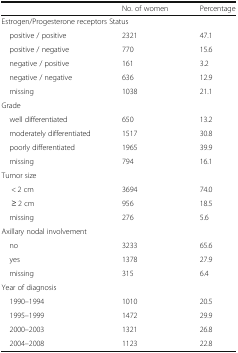
|  | No. of women | Percentage |
 | --- | --- | --- |
 | <COLSPAN=3> Estrogen/Progesterone receptors Status |
 | positive / positive | 2321 | 47.1 |
 | positive / negative | 770 | 15.6 |
 | negative / positive | 161 | 3.2 |
 | negative / negative | 636 | 12.9 |
 | missing | 1038 | 21.1 |
 | <COLSPAN=3> Grade |
 | well differentiated | 650 | 13.2 |
 | moderately differentiated | 1517 | 30.8 |
 | poorly differentiated | 1965 | 39.9 |
 | missing | 794 | 16.1 |
 | <COLSPAN=3> Tumor size |
 | < 2 cm | 3694 | 74.0 |
 | ≥ 2 cm | 956 | 18.5 |
 | missing | 276 | 5.6 |
 | <COLSPAN=3> Axillary nodal involvement |
 | no | 3233 | 65.6 |
 | yes | 1378 | 27.9 |
 | missing | 315 | 6.4 |
 | <COLSPAN=3> Year of diagnosis |
 | 1990–1994 | 1010 | 20.5 |
 | 1995–1999 | 1472 | 29.9 |
 | 2000–2003 | 1321 | 26.8 |
 | 2004–2008 | 1123 | 22.8 |